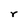
Character: r